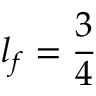
l _ { f } = \frac { 3 } { 4 }